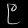
Digit: ၉